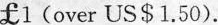
1(over US$1.50).